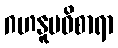
ဂဟနူပဝိစာရာ